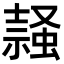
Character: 𧎹